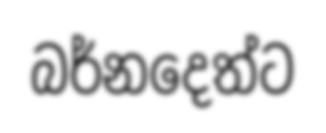
බර්නදෙත්ට